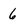
Character: 6